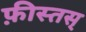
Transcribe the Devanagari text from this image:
फ़ीस्तस्